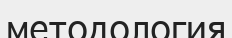
методология